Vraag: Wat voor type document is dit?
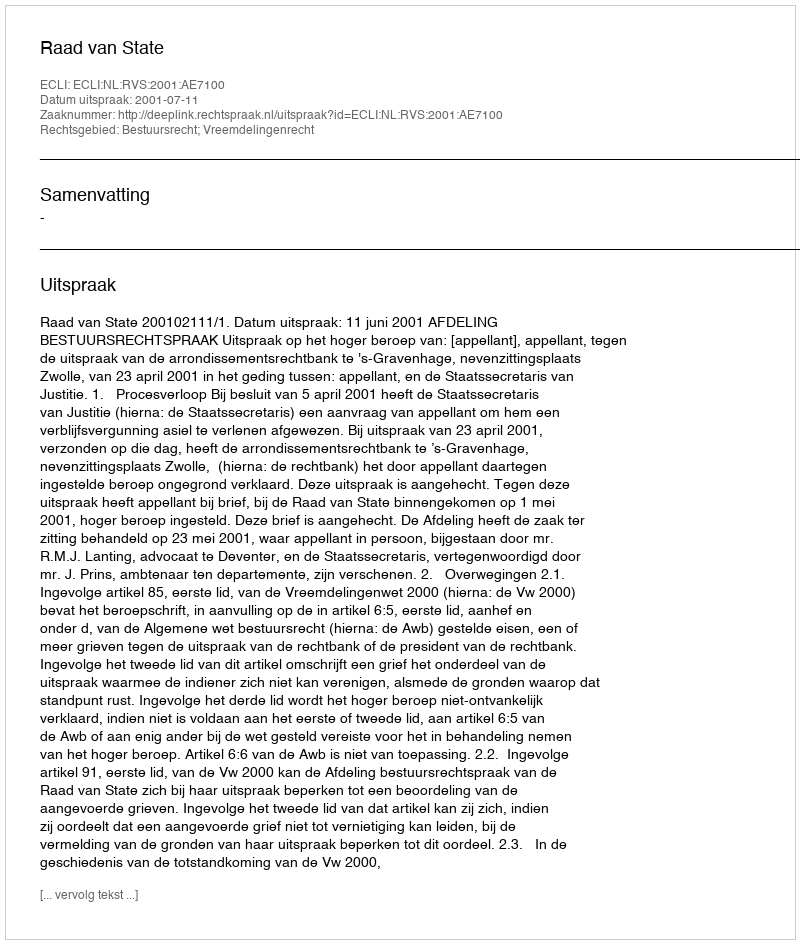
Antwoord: Uitspraak